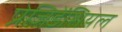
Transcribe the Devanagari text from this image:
प्रेजिडेंशियल